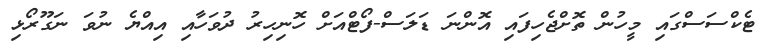
ޓެކްސަސްގައި މީހުން ތޮށްޖެހިފައި އޮންނަ ޑަލަސް-ފޯޓްއަށް ހޮނިހިރު ދުވަހާއި އިއްޔެ ނުވަ ނަގޫރޯޅި